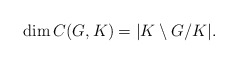
\begin{align*}\dim C(G,K) = |K\setminus G/K|.\end{align*}